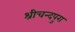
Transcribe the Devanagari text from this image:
श्रीचन्दपुरा